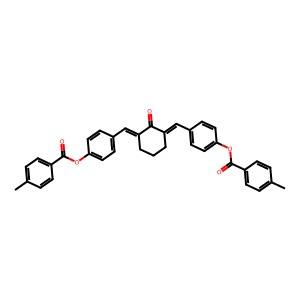
SMILES: Cc1ccc(C(=O)Oc2ccc(C=C3CCCC(=Cc4ccc(OC(=O)c5ccc(C)cc5)cc4)C3=O)cc2)cc1
Inhibits HIV replication: No